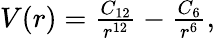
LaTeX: \begin{array}{r}{V(r)=\frac{C_{12}}{r^{12}}-\frac{C_{6}}{r^{6}},}\end{array}